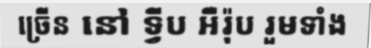
ច្រើន នៅ ទ្វីប អឺរ៉ុប រួមទាំង